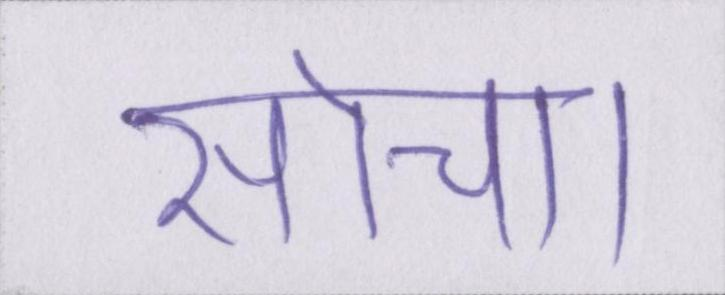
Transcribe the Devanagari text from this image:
सोचा।